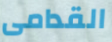
القدامى